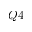
Q 4